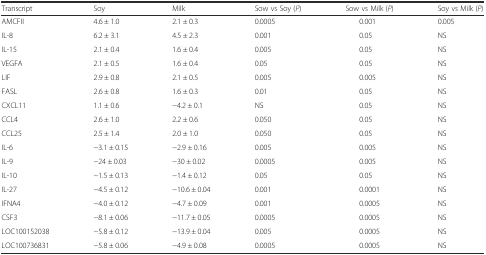
| Transcript | Soy | Milk | Sow vs Soy (P) | Sow vs Milk (P) | Soy vs Milk (P) |
 | --- | --- | --- | --- | --- | --- |
 | AMCFII | 4.6 ± 1.0 | 2.1 ± 0.3 | 0.0005 | 0.001 | 0.005 |
 | IL-8 | 6.2 ± 3.1 | 4.5 ± 2.3 | 0.001 | 0.05 | NS |
 | IL-15 | 2.1 ± 0.4 | 1.6 ± 0.4 | 0.005 | 0.05 | NS |
 | VEGFA | 2.1 ± 0.5 | 1.6 ± 0.4 | 0.05 | 0.05 | NS |
 | LIF | 2.9 ± 0.8 | 2.1 ± 0.5 | 0.005 | 0.005 | NS |
 | FASL | 2.6 ± 0.8 | 1.6 ± 0.3 | 0.01 | 0.05 | NS |
 | CXCL11 | 1.1 ± 0.6 | −4.2 ± 0.1 | NS | 0.05 | NS |
 | CCL4 | 2.6 ± 1.0 | 2.2 ± 0.6 | 0.050 | 0.05 | NS |
 | CCL25 | 2.5 ± 1.4 | 2.0 ± 1.0 | 0.050 | 0.05 | NS |
 | IL-6 | −3.1 ± 0.15 | −2.9 ± 0.16 | 0.005 | 0.005 | NS |
 | IL-9 | −24 ± 0.03 | −30 ± 0.02 | 0.0005 | 0.005 | NS |
 | IL-10 | −1.5 ± 0.13 | −1.4 ± 0.12 | 0.05 | 0.05 | NS |
 | IL-27 | −4.5 ± 0.12 | −10.6 ± 0.04 | 0.001 | 0.0001 | NS |
 | IFNA4 | −4.0 ± 0.12 | −4.7 ± 0.09 | 0.001 | 0.0005 | NS |
 | CSF3 | −8.1 ± 0.06 | −11.7 ± 0.05 | 0.0005 | 0.0005 | NS |
 | LOC100152038 | −5.8 ± 0.12 | −13.9 ± 0.04 | 0.005 | 0.0005 | NS |
 | LOC100736831 | −5.8 ± 0.06 | −4.9 ± 0.08 | 0.0005 | 0.0005 | NS |